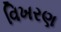
વિખરણ